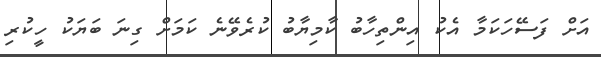
އަށް ފަސޭހަކަމާ އެކު އިންތިހާބު ކާމިޔާބު ކުރެވޭނެ ކަމަށް ގިނަ ބަޔަކު ހީކުރި